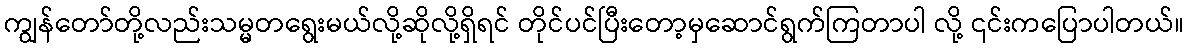
ကျွန်တော်တို့လည်းသမ္မတရွေးမယ်လို့ဆိုလို့ရှိရင် တိုင်ပင်ပြီးတော့မှဆောင်ရွက်ကြတာပါ လို့ ၎င်းကပြောပါတယ်။